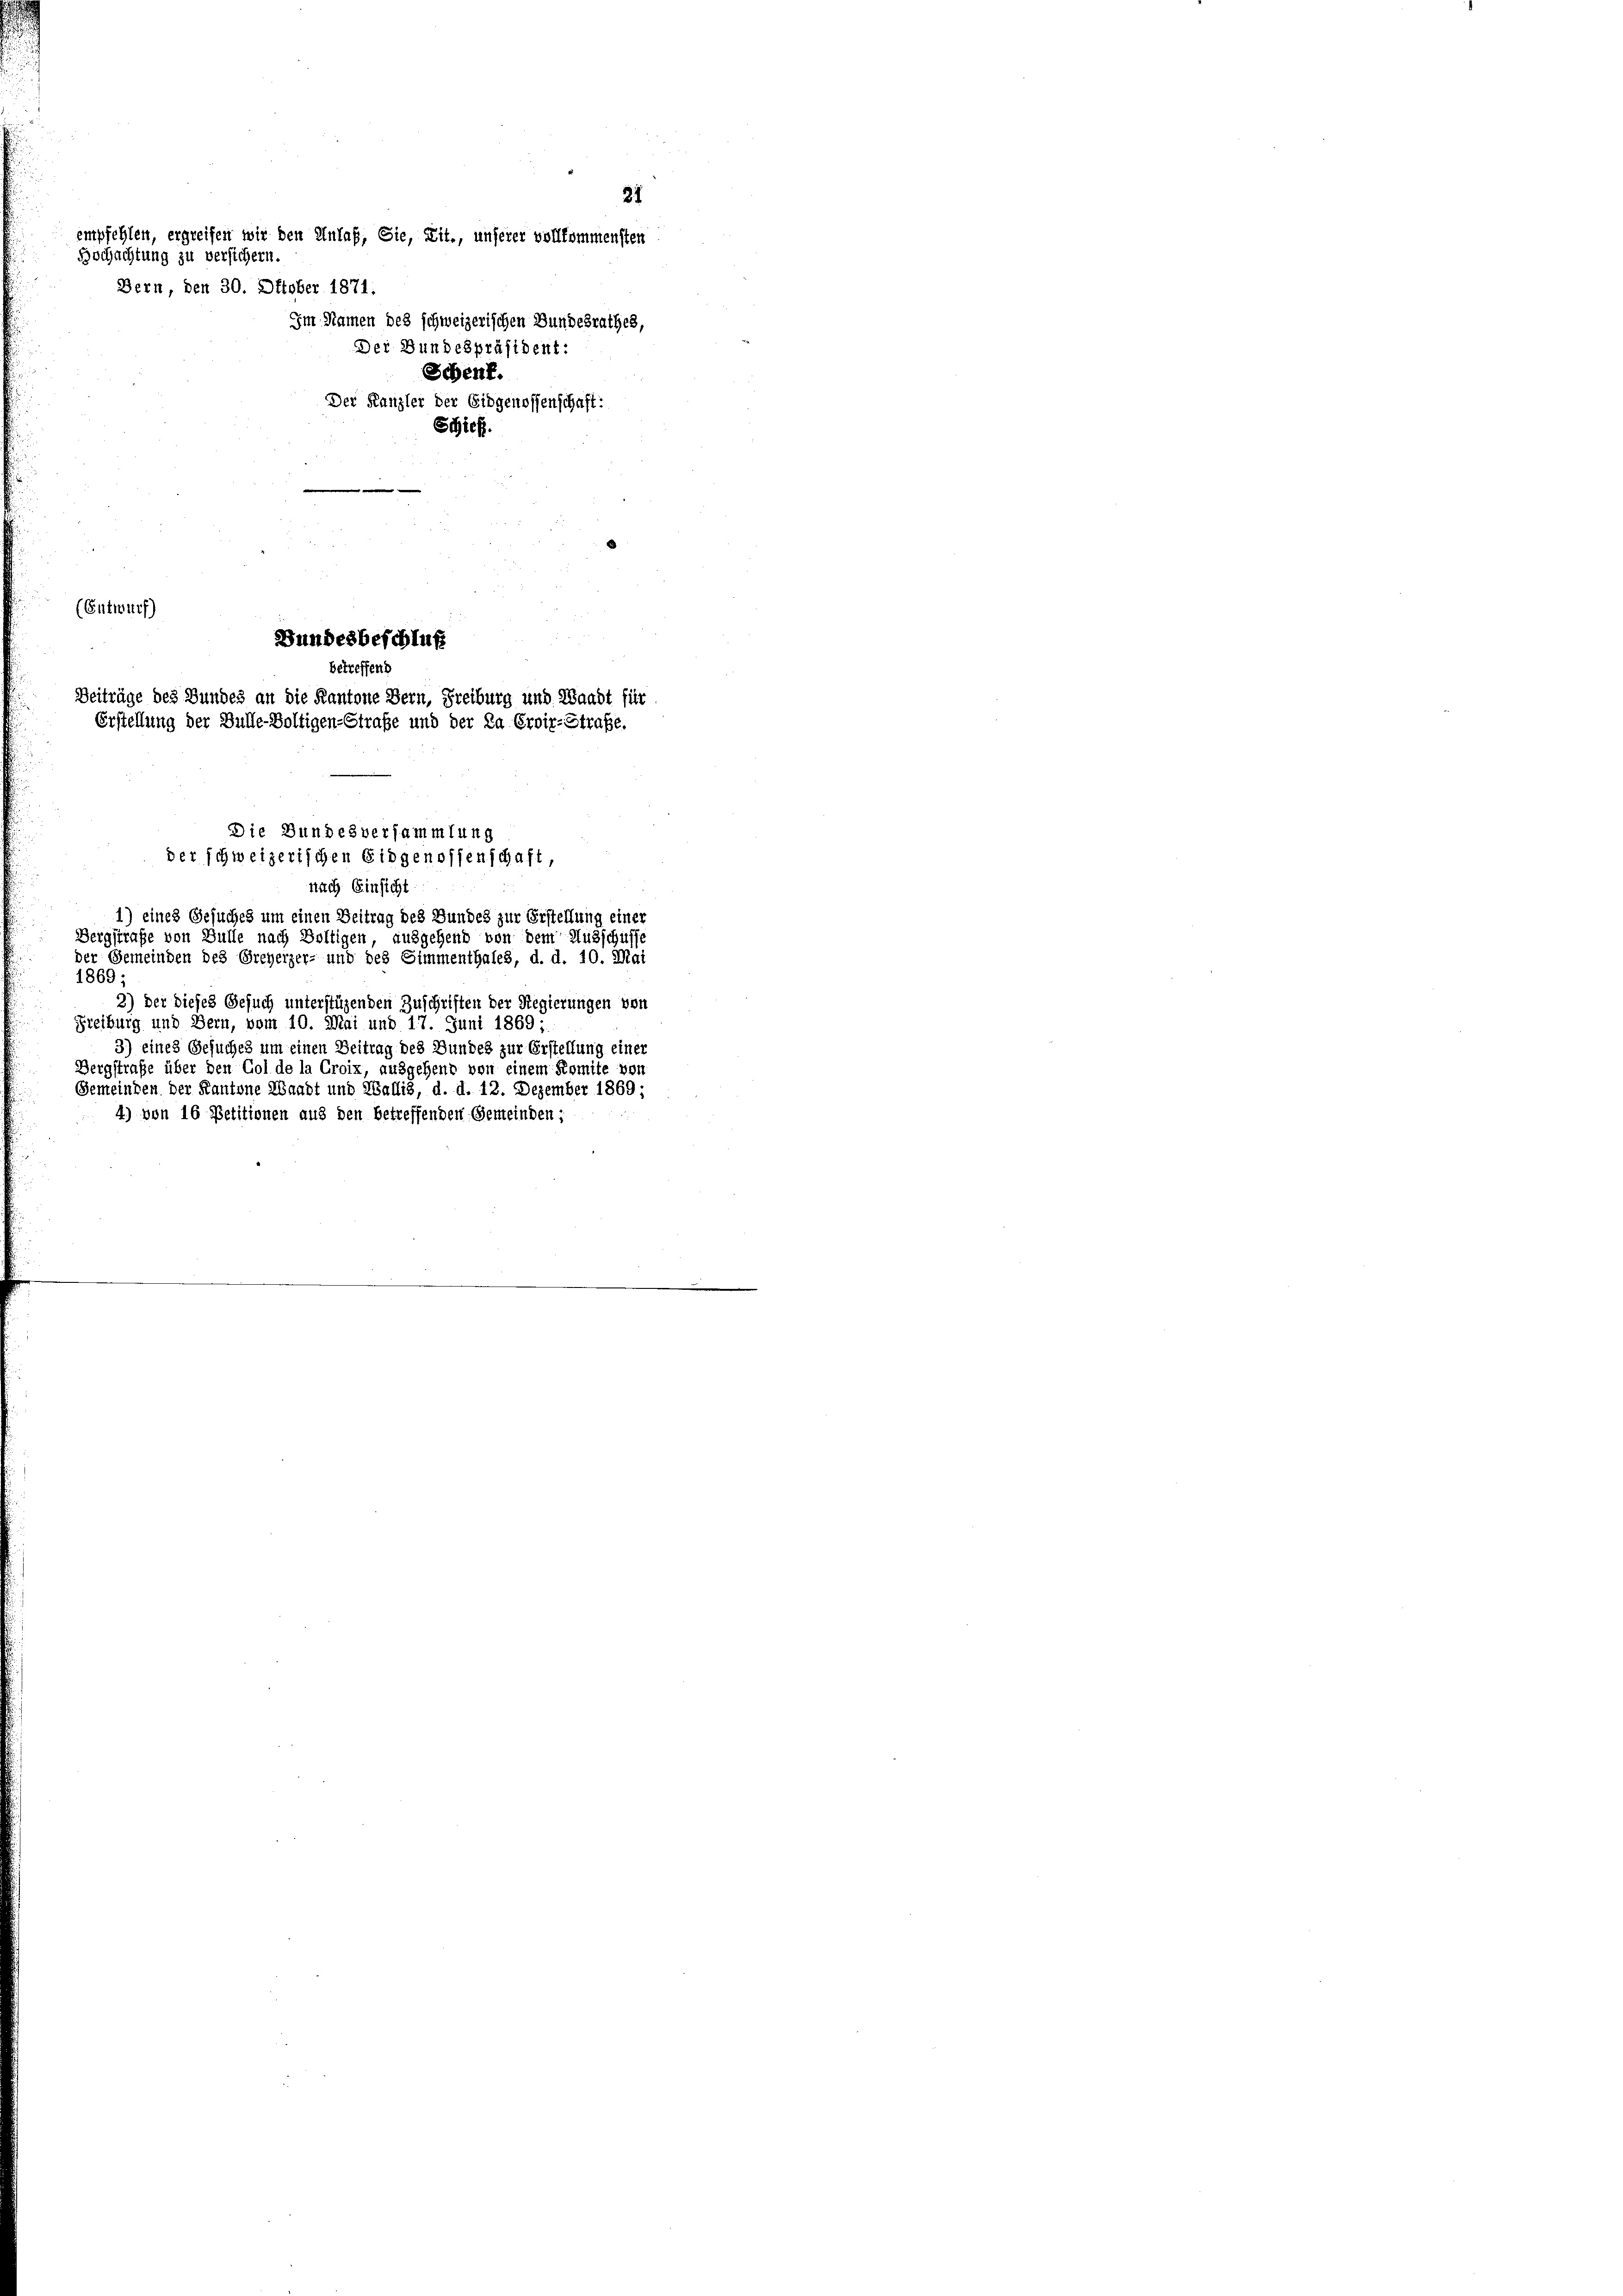
31
empfehlen, ergreifen wir den Anlaß, Sie, Zit., unserer vollkommensten
Hochachtung zu versichern.
Bern, den 30. Oktober 1871:
Im Namen des schweizerischen Bundesrathes,
Der Bundespräsident:
Schenk.
Der Kanzlei der Eidgenossenschaft:

Schief.
Die Bundesversammlung
der schweizerischen Eidgenossenschaft,
nach Einsicht
1) eines Gesuches um einen Beitrag des Bundes zur Erstellung einer
Bergstrafe von Bulle nach Voltigen, ausgehend von dem Ausschuf
der Gemeinden des Greyerzer- und des Simmenthales, d. d. 10. Mai
1869
2) Der dieses Gesuch unterstüzenden Zuschriften der Regierungen von
Freiburg und Bern, vom 10. Mai und 17. Juni 1869;
3) eines Gesuches um einen Beitrag des Bundes zur Erstellung einer
Dergstrafe über den Gol de la Croix, ausgehend von einem Komite von
Gemeinden der Kantone Waadt und Wallis, d. d. 12. Dezember 1869;
4) von 16 Petitionen aus den betreffenden Gemeinden;

(Entwurf)
Bundesbeschluß
betreffend
Beiträge des Bundes an die Kantone Bern, Freiburg und Waadt für
Erstellung der Bulle-Voltigen-Straße und der Da Eroir-Straße.